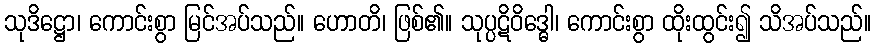
သုဒိဋ္ဌော၊ ကောင်းစွာ မြင်အပ်သည်။ ဟောတိ၊ ဖြစ်၏။ သုပ္ပဋိဝိဒ္ဓေါ၊ ကောင်းစွာ ထိုးထွင်း၍ သိအပ်သည်။